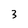
Character: 3